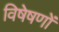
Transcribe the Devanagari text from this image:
विषेषणों